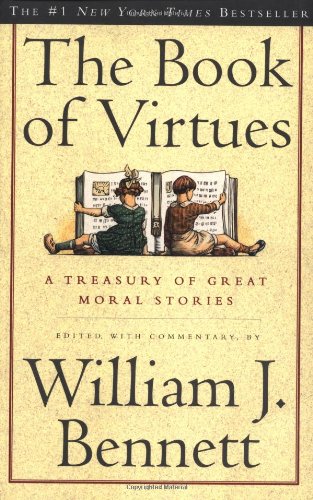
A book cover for The Book of Virtues; William J. Bennett; Education & Teaching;